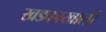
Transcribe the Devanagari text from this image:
खडकाखाली